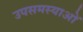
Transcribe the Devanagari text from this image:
उपसमस्याओं